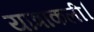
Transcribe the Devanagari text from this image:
यात्राकली।